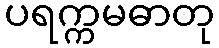
ပရက္ကမဓာတု